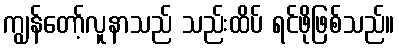
ကျွန်တော့်လူနာသည် သည်းထိပ် ရင်ဖိုဖြစ်သည်။